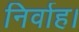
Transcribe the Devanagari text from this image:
निर्वाह।